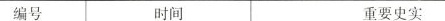
编号 时间 重要史实